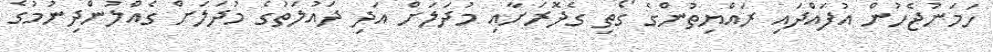
ހަމަނުޖެހުން އުފައްދައި ރައްޔިތުންގެ ގޯތި ގެދޮރަށާއި މުދަލަށް އަދި ދައުލަތުގެ މުދަލަށް ގެއްލުންދިނުމުގެ